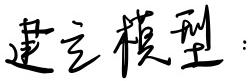
建立模型：